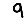
Digit: 9